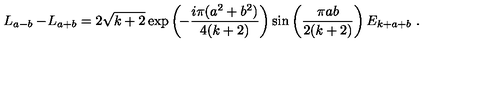
\begin{array} { c c l } { L _ { a - b } - \! L _ { a + b } = \displaystyle 2 \sqrt { k + 2 } \exp \left( \! - \frac { i \pi ( a ^ { 2 } + b ^ { 2 } ) } { 4 ( k + 2 ) } \right) \sin \left( \frac { \pi a b } { 2 ( k + 2 ) } \right) E _ { k + a + b } \ . } \\ \end{array}